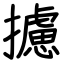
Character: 攄